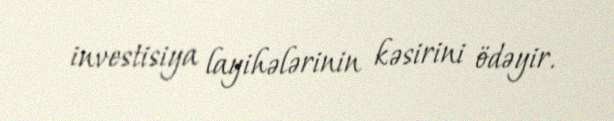
investisiya layihələrinin kəsirini ödəyir.